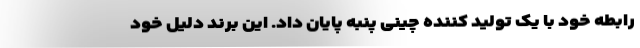
رابطه خود با یک تولید کننده چینی پنبه پایان داد. این برند دلیل خود